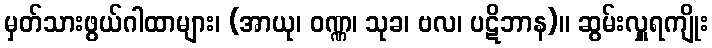
မှတ်သားဖွယ်ဂါထာများ၊ (အာယု၊ ဝဏ္ဏ၊ သုခ၊ ဗလ၊ ပဋိဘာန)။ ဆွမ်းလှူရကျိုး